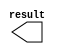
module titles3_x1 (
	result);

	output	[10:0]  result;

endmodule